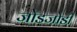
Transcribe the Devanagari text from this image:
जोडजोडी